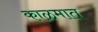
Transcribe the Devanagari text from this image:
काळमात